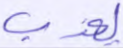
يعذب